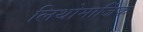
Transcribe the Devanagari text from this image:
लिथोमार्जिक